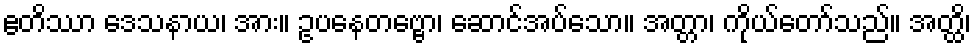
ဧတိဿာ ဒေသနာယ၊ အား။ ဥပနေတဗ္ဗော၊ ဆောင်အပ်သော။ အတ္တာ၊ ကိုယ်တော်သည်။ အတ္ထိ၊